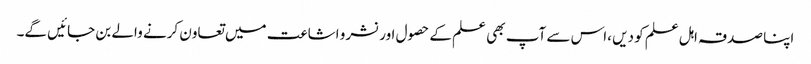
اپنا صدقہ اہل علم کو دیں ،اس سے آپ بھی علم کے حصول اور نشر و اشاعت میں تعاون کرنے والے بن جائیں گے۔